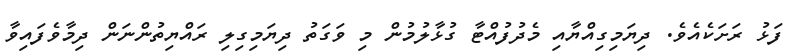
ފަޅު ރަށަކެއެވެ. ދިޔަމިގިއްޔާއި މެދުފުއްޓާ ގުޅާލުމުން މި ވަގަތު ދިޔަމިގިލި ރައްޔިތުންނަން ދިމާވެފައިވާ